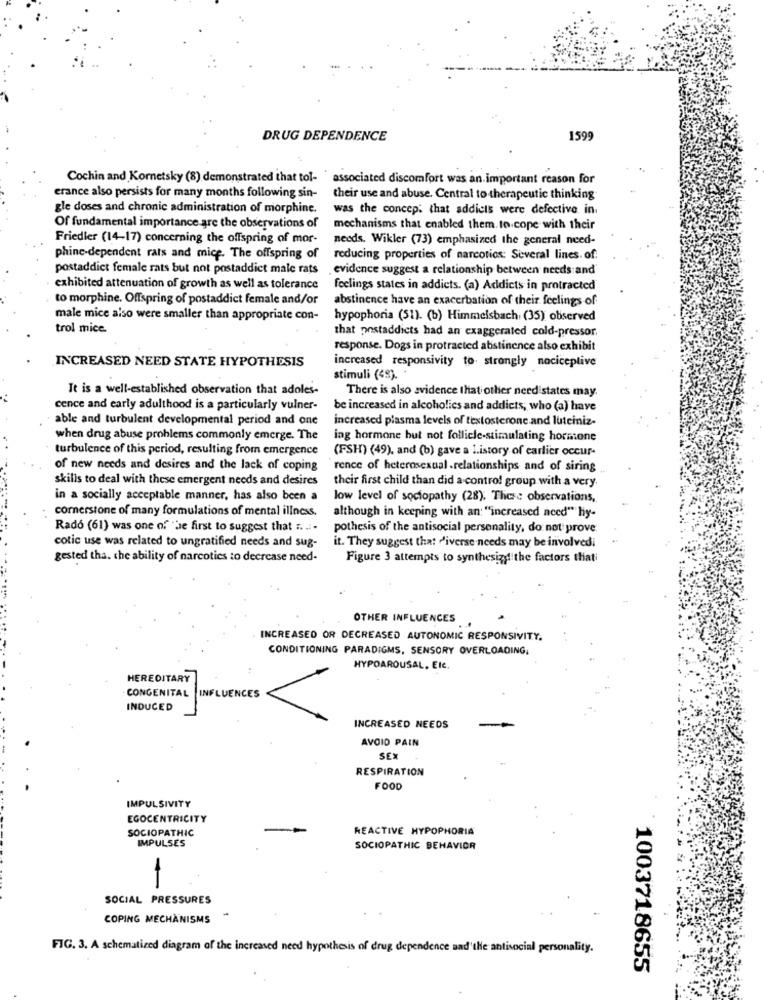
DRUG DEPENDENCE
1599
Cochin and Kornetsky (8) demonstrated that toi- associated discomfort was an important reason for
erance also persists for many months following sin-
their use and abuse. Central to therapeutic thinking
gle doses and chronic administration of morphine.
was the concep: that addicts were defective in
Of fundamental importance are the observations of
mechanisms that enabled them. to cope with their
Friedler (14-17) concerning the offspring of mor-
needs. Wikler (73) emphasized the general need-
phine-dependent rats and mice. The offspring of
reducing properties of narcotics: Several lines. of:
postaddict female rats but not postaddict male rats
. evidence suggest a relationship between needs and
exhibited attenuation of growth as well as tolerance
feelings states in addicts. (a) Addicts in protracted
to morphine. Offspring of postaddict female and/or
abstinence have an exacerbation of their feelings of
male mice also were smaller than appropriate con-
hypophoria (51). (b) Himmelsbach (35) observed
trol mice.
that postaddicts had an exaggerated cold-pressor.
response. Dogs in protracted abstinence also exhibit
INCREASED NEED STATE HYPOTHESIS
increased responsivity to strongly nociceplive
stimuli (48) .*
It is a well-established observation that adoles-
There is also evidence that other need states may.
cence and early adulthood is a particularly vulner-
be increased in alcoholics and addicts, who (a) have
able and turbulent developmental period and one
increased plasma levels of testosterone and luteiniz-
when drug abuse problems commonly emerge. The
ing hormone but not follicle-stimulating hormone
turbulence of this period, resulting from emergence
(FSH) (49), and (b) gave a l.istory of earlier occur-
of new needs and desires and the lack of coping
rence of heterosexual .relationships and of siring
skills to deal with these emergent needs and desires
their first child than did a control group with a very.
in a socially acceptable manner, has also been a
low level of sociopathy (28). These observations,
cornerstone of many formulations of mental illness.
although in keeping with an: "increased need" hy-
Rado (61) was one of the first to suggest that .. .. .
pothesis of the antisocial personality, do not prove
cotic use was related to ungratified needs and sug-
it. They suggest that 'iverse needs may be involvedi
gested tha. the ability of narcotics to decrease need-
Figure 3 attempts to synthesize the factors thati
OTHER INFLUENCES
INCREASED OR DECREASED AUTONOMIC RESPONSIVITY.
CONDITIONING PARADIGMS, SENSORY OVERLOADING.
HYPOAROUSAL, Etc.
HEREDITARY
CONGENITAL INFLUENCES
INDUCED
INCREASED NEEDS
AVOID PAIN
SEX
RESPIRATION
FOOD
IMPULSIVITY
EGOCENTRICITY
SOCIOPATHIC
REACTIVE HYPOPHORIA
IMPULSES
SOCIOPATHIC BEHAVIOR
-
SOCIAL PRESSURES
COPING MECHANISMS
FIG. 3. A schematized diagram of the increased need hypothesis of drug dependence aad'the antisocial personality.
1003718655